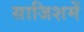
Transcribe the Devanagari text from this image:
साजिशमें